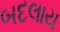
બદલાય